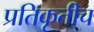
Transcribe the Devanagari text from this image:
प्रतिकृतीच